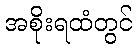
အစိုးရထံတွင်